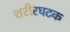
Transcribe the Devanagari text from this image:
शरीरघटक